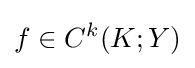
f\in C^{k}(K;Y)